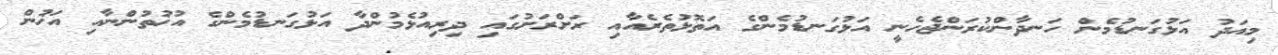
މިއަދު އަޅުގަނޑުމެން ހަނދާންކުރަންޖެހެނީ އަޅުގަނޑުމެންގެ އަތޮޅުތެރެއާއި ރަށްރަށުގައި ދިރިއުޅެމުންދާ އަޅުގަނޑުމެންގެ އުޚުތުންނާއި އަޚުން